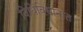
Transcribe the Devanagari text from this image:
विधिविधानात